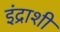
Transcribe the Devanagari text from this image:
इंद्राशी